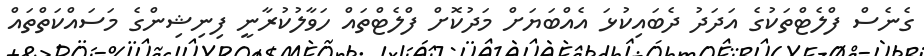
ގެނެސް ފްލެޓްތަކުގެ އަދަދު ދެބައިކުޅަ އެއްބަޔަށް މަދުކޮށް ފްލެޓްތައް ހަވާލުކުރާނީ ފިނިޝިންގެ މަސައްކަތްތައް